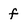
Character: f